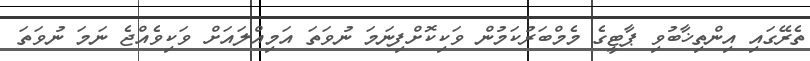
ތެރޭގައި އިންތިޚާބުވި ޕާޓީގެ މެމްބަރުކަމުން ވަކިކޮށްފިނަމަ ނުވަތަ އަމިއްލައަށް ވަކިވެއްޖެ ނަމަ ނުވަތަ